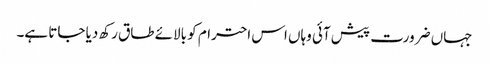
جہاں ضرورت پیش آئی وہاں اس احترام کو بالائے طاق رکھ دیا جاتا ہے۔